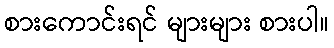
စားကောင်းရင် များများ စားပါ။